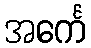
အင်္ကေ